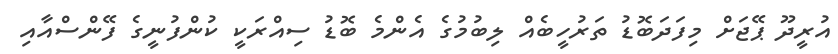
އުރީދޫ ޕޭޖަށް މިފަދަބޮޑު ތަރުހީބެއް ލިބުމުގެ އެންމެ ބޮޑު ސިއްރަކީ ކުންފުނީގެ ފޭންސްއާއި